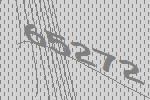
65272